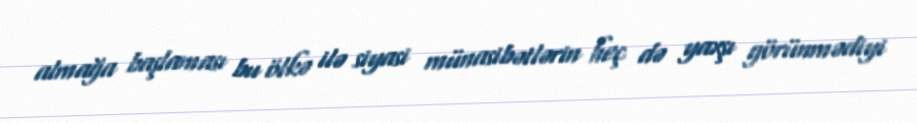
almağa başlaması bu ölkə ilə siyasi münasibətlərin heç də yaxşı görünmədiyi